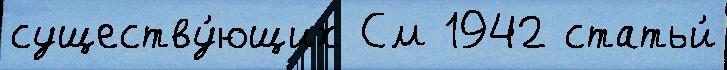
существу́ющих См 1942 статьи́